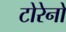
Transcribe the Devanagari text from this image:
टोरेनो